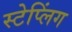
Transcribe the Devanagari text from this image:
स्टेप्लिंग